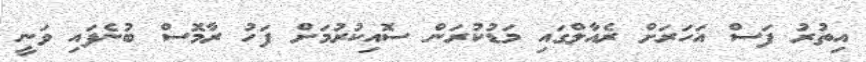
އިތުރު ފަސް އަހަރަށް ރެއާލްގައި މަޑުކުރަން ސޮއިކުރުމަށް ފަހު ރާމޮސް ބުނެފައި ވަނީ